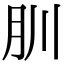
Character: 𦘶